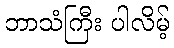
ဘာသံကြီး ပါလိမ့်